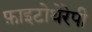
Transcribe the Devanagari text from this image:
फ़ाइटोथेरेपी